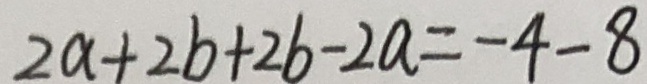
2 a + 2 b + 2 b - 2 a = - 4 - 8